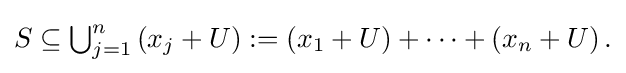
{\textstyle S\subseteq \bigcup _{j=1}^{n}\left(x_{j}+U\right):=\left(x_{1}+U\right)+\cdots +\left(x_{n}+U\right).}